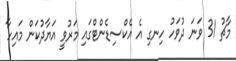
މާޗު 31 ވަނަ ދުވަހު ހިނގި އެ އެކްސިޑެންޓްގައި މަރުވީ އަޔާދުކަން މައިހާ